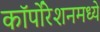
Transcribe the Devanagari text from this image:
कॉर्पोरेशनमध्ये